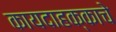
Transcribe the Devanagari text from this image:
कायदाहक्काचे